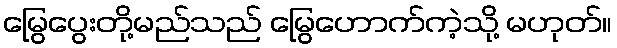
မြွေပွေးတို့မည်သည် မြွေဟောက်ကဲ့သို့ မဟုတ်။